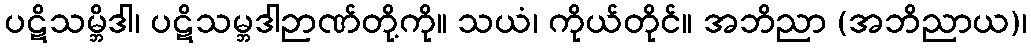
ပဋိသမ္ဘိဒါ၊ ပဋိသမ္ဘဒါဉာဏ်တို့ကို။ သယံ၊ ကိုယ်တိုင်။ အဘိညာ (အဘိညာယ)၊